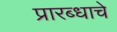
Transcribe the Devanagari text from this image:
प्रारब्धाचे